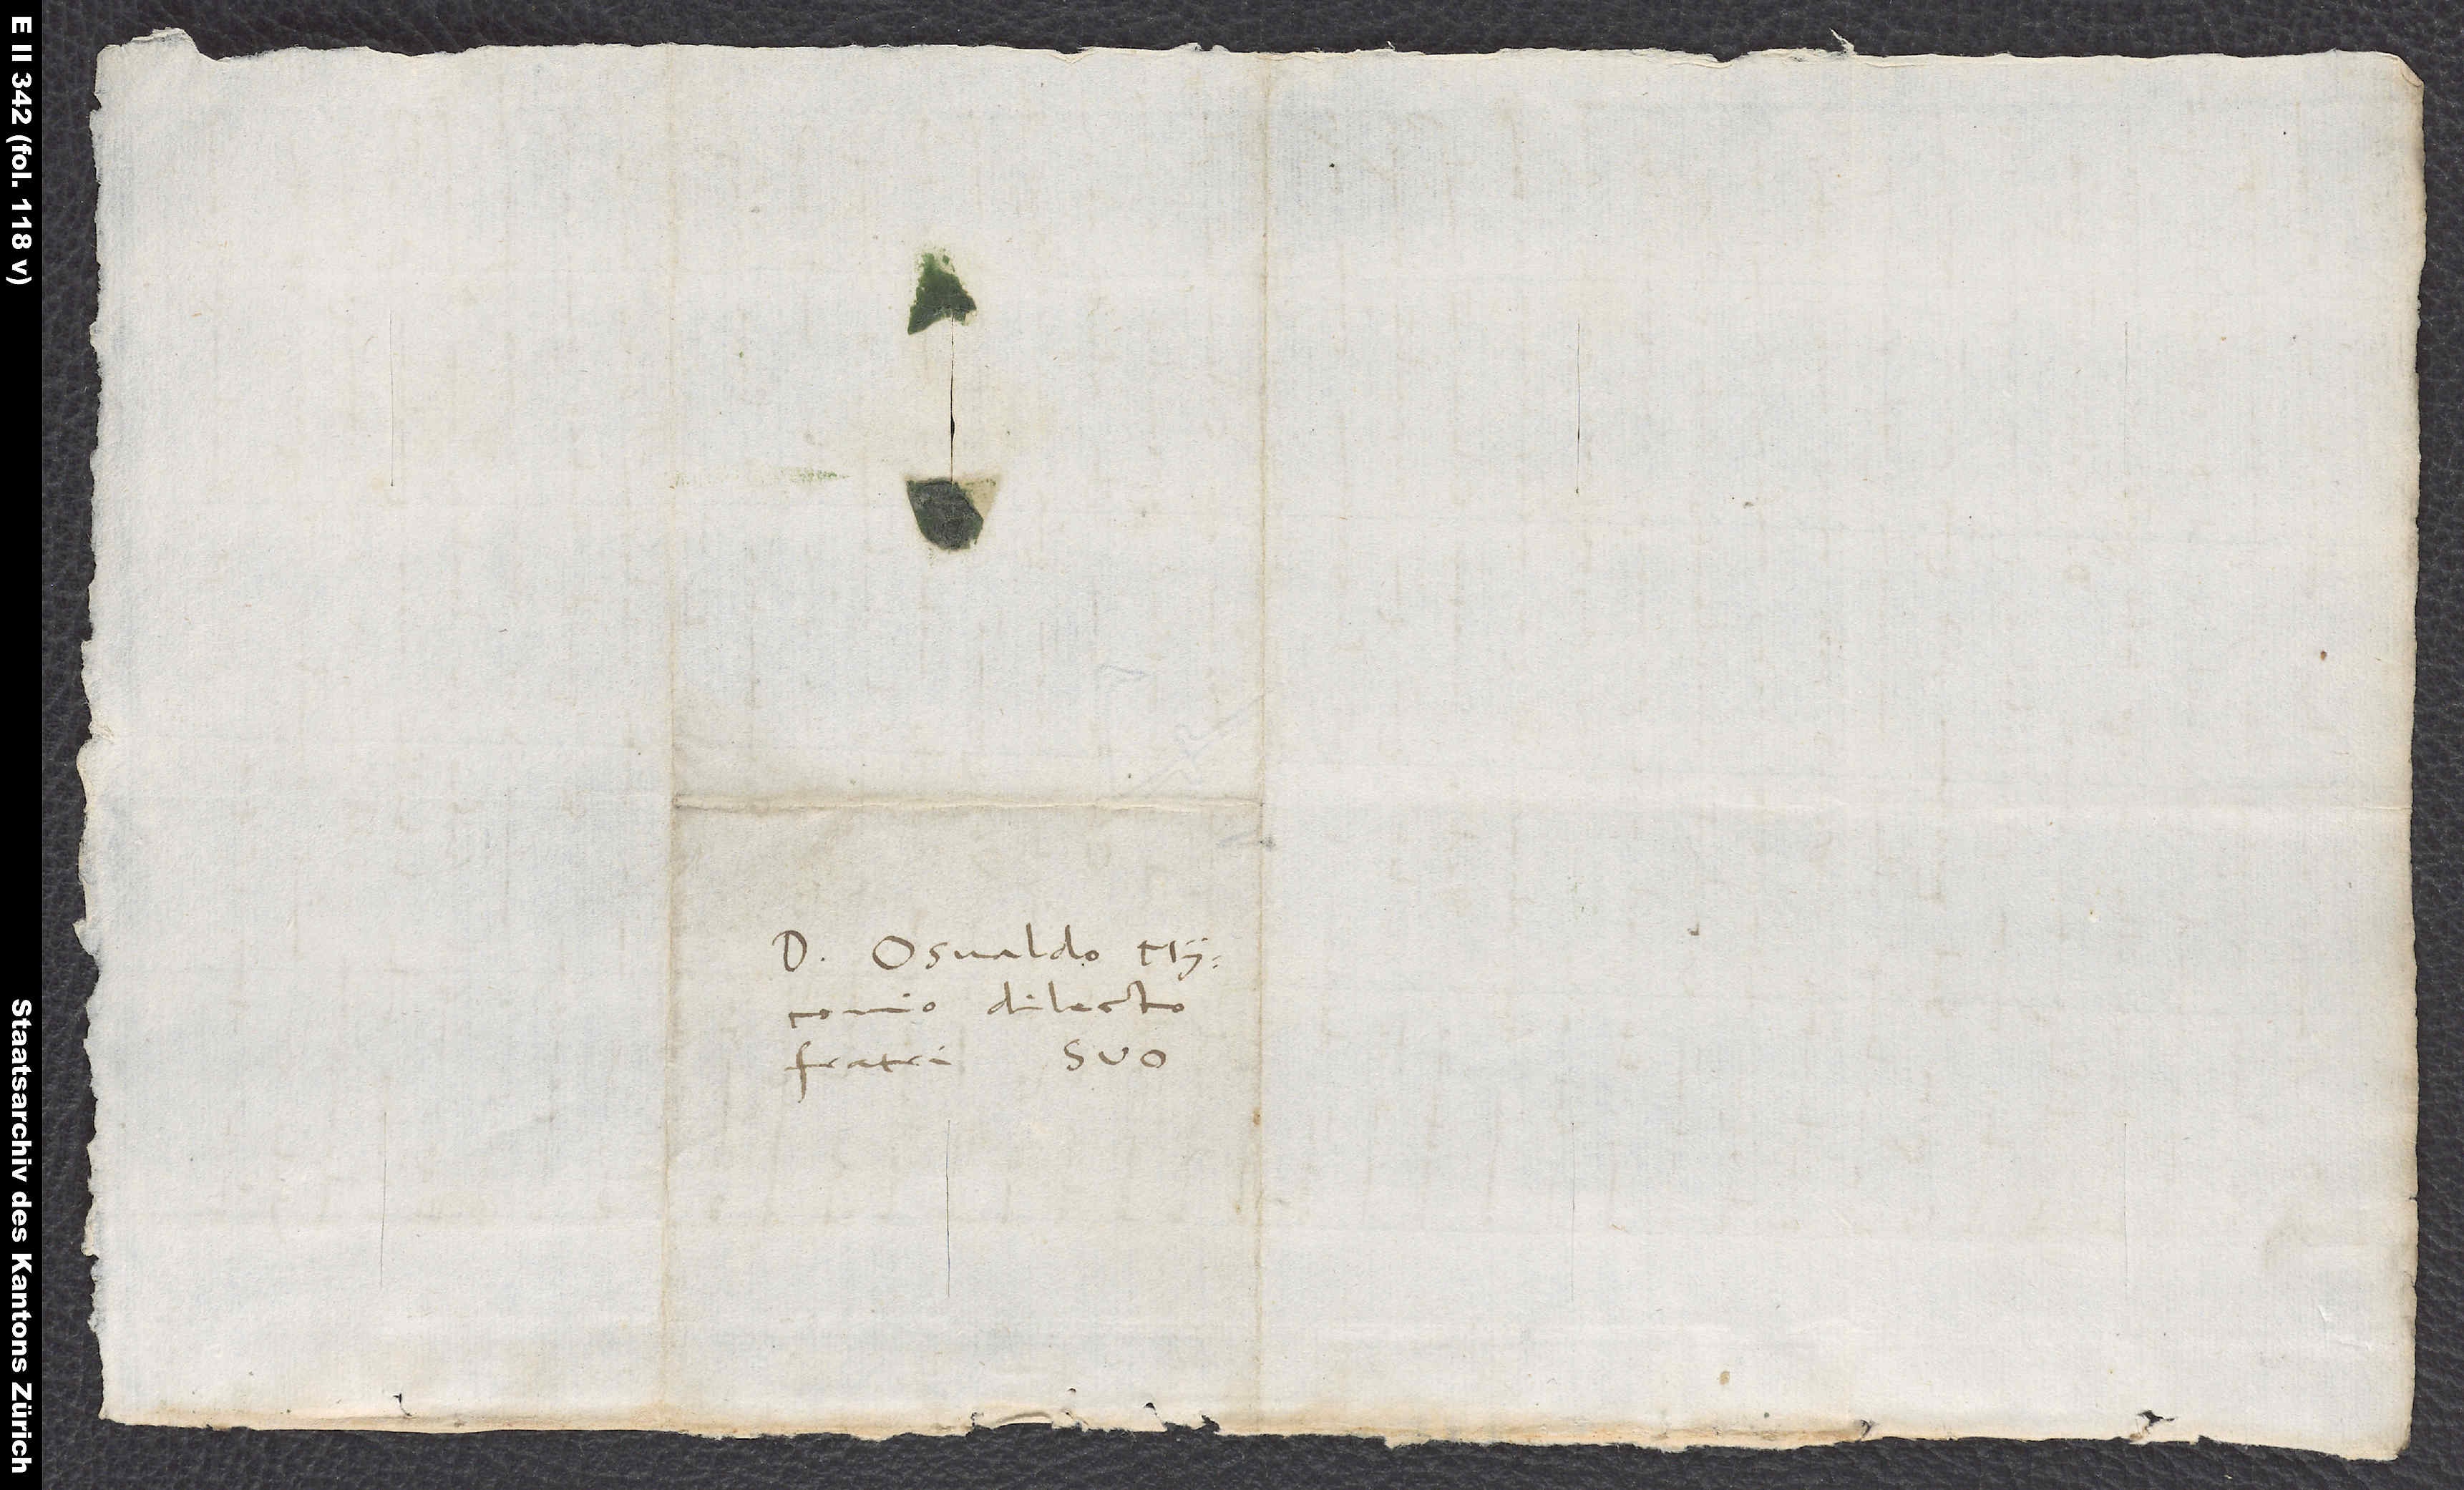
S.

dilecto
fratri suo.